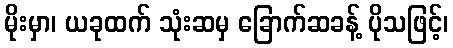
မိုးမှာ၊ ယခုထက် သုံးဆမှ ခြောက်ဆခန့် ပိုသဖြင့်၊